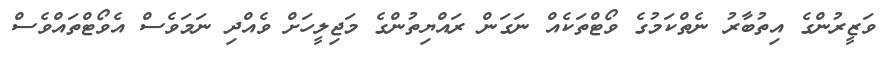
ވަޒީރުންގެ އިތުބާރު ނެތްކަމުގެ ވޯޓްތަކެއް ނަގަން ރައްޔިތުންގެ މަޖިލީހަށް ވެއްދި ނަމަވެސް އެވޯޓްތައްވެސް